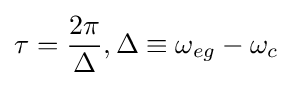
\tau ={\frac {2\pi }{\Delta }},\Delta \equiv \omega _{eg}-\omega _{c}